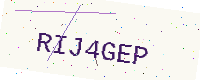
Text: RIJ4GEP